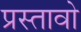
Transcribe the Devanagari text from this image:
प्रस्तावो